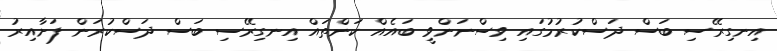
އިނގިރޭސި ބަސް ދަސްކުރުމުގައި ވިސްނަންވީ ބައެއް ކަންތައް އިނގިރޭސި ބަސް ދަސްކުރަން ފަށާއިރު